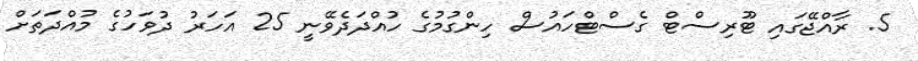
5. ރާއްޖޭގައި ޓޫރިސްޓް ގެސްޓްހައުސް ހިންގުމުގެ ހުއްދަދެވޭނީ 25 އަހަރު ދުވަހުގެ މުއްދަތަށް